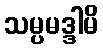
သမ္ပမဒ္ဒါမိ